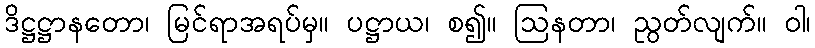
ဒိဋ္ဌဋ္ဌာနတော၊ မြင်ရာအရပ်မှ။ ပဋ္ဌာယ၊ စ၍။ ဩနတာ၊ ညွတ်လျက်။ ဝါ၊